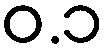
ဝ.၁